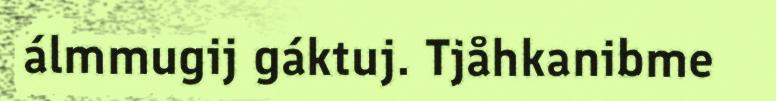
álmmugij gáktuj. Tjåhkanibme